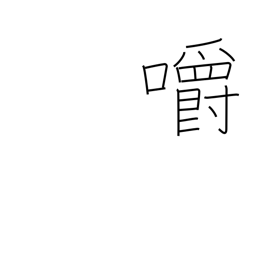
Meaning: bite